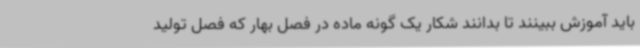
باید آموزش ببینند تا بدانند شکار یک گونه ماده در فصل بهار که فصل تولید